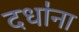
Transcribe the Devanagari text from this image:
दधा॑ना